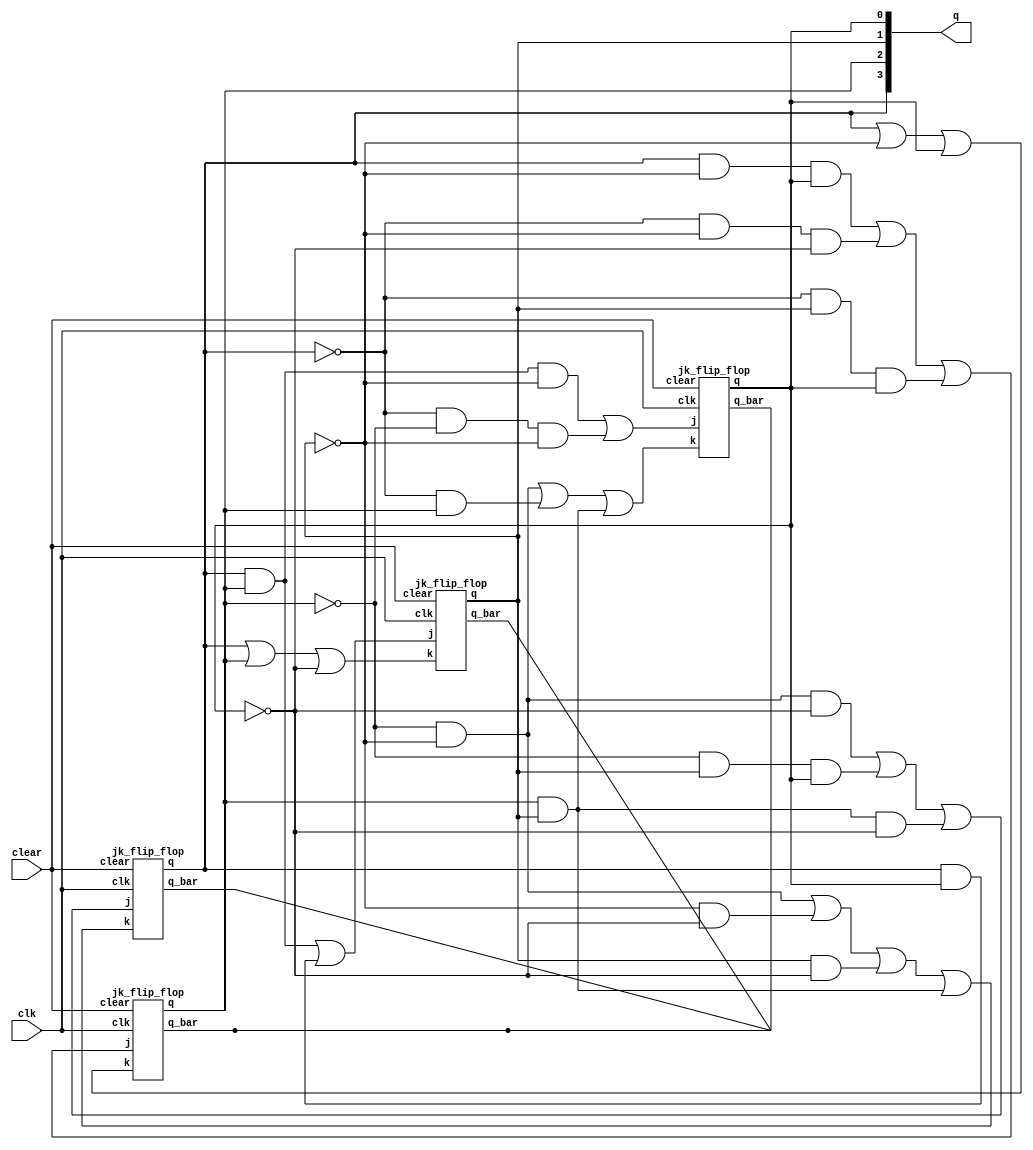
//0000->1101->1011->1001->0110->1100->0011->1111->0000
module custom_sequence(q, clear, clk);
    input clear, clk;
    output [3:0] q;
    jk_flip_flop jk1(q[0],,(q[3]&q[2]&~q[1]|~q[3]&~q[2]&~q[1]),(~q[2]&~q[1]|~q[3]&q[2]|q[2]&q[1]),clear,clk);
    jk_flip_flop jk2(q[1],,(q[3]&q[2]|q[3]&q[0]),(q[3]|q[2]|~q[0]),clear,clk);
    jk_flip_flop jk3(q[2],,(q[3]&~q[1]&q[0]|~q[3]&~q[1]&~q[0]|~q[3]&q[1]&q[0]),(q[3]|~q[1]|q[0]),clear,clk);
    jk_flip_flop jk4(q[3],,(~q[2]&~q[1]&~q[0]|~q[2]&q[1]&q[0]|q[2]&q[1]&~q[0]), (~q[2]&~q[1]|~q[1]&~q[0]|q[1]&~q[0]|q[2]&q[1]),clear,clk);
endmodule

module jk_flip_flop(q, q_bar, j, k, clear, clk);
	input j, k, clear, clk;
	output q, q_bar;
	wire a, b, c, d, y, y_bar, c_bar;
	nand(a, q_bar, j, clk, clear);
	nand(b, k, clk, q);
	nand(y, a, y_bar);
	nand(y_bar, y, clear, b);
	not(c_bar, clk);
	nand(c, y, c_bar);
	nand(d, y_bar, c_bar);
	nand(q, c, q_bar);
	nand(q_bar, q, clear, d);
endmodule